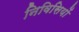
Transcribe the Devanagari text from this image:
निविसियों